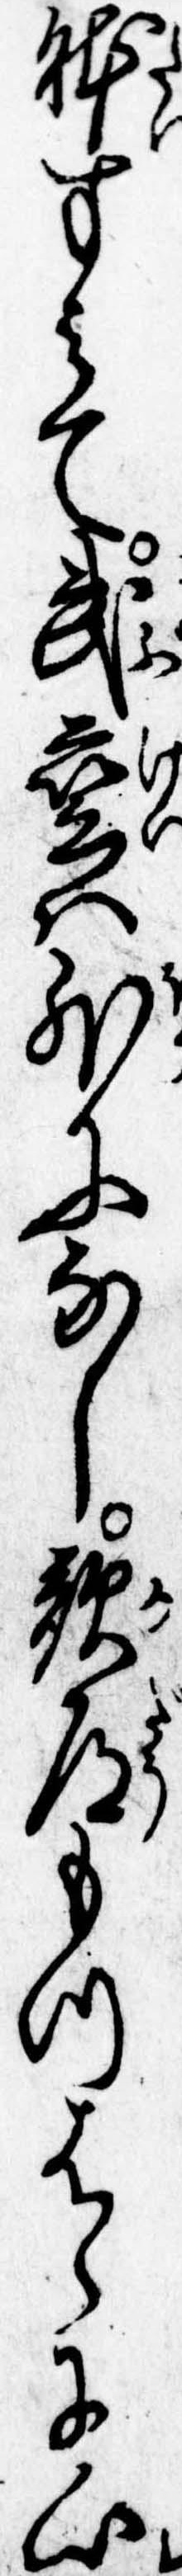
体すみて武芸は外になし歌道もつはらに心